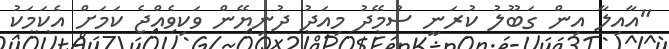
"އާއިލާ އިން ގަބޫލު ކުރަނީ ސުމޭދު މިއަދު ދުނިޔޭން ވަކިވެއްޖެ ކަމަށް އެކަމަކު